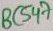
Text: BC547